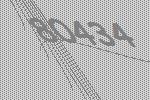
80434